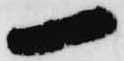
一